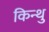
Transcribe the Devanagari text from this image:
किन्थु